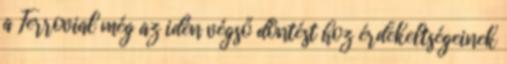
a Ferrovial még az idén végső döntést hoz érdekeltségeinek